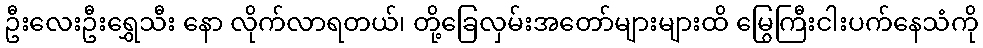
ဦးလေးဦးရွှေသီး နော လိုက်လာရတယ်၊ တို့ခြေလှမ်းအတော်များများထိ မြွေကြီးငါးပက်နေသံကို